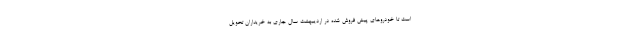
است تا خودروهای پیش فروش شده در اردیبهشت سال جاری به خریداران تحویل